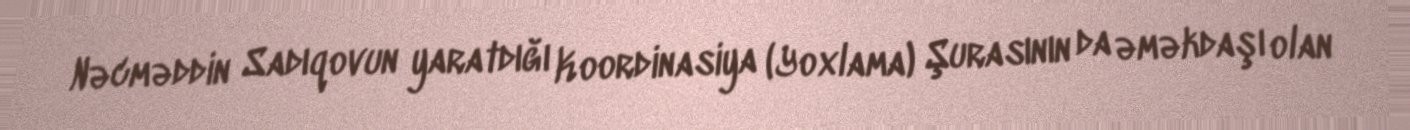
Nəcməddin Sadıqovun yaratdığı Koordinasiya (Yoxlama) Şurasının da əməkdaşı olan